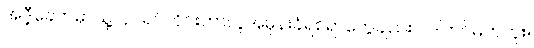
အဲဒီ့ခေတ်မှာသူ့လုပ်ရပ်တိုင်းဟာလူအမုန်းခံရစရာတွေချည်းပဲ ဒါတင်မကဘူး။